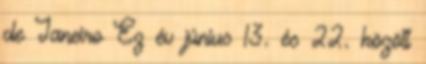
de Janeiro Ez év június 13. és 22. között